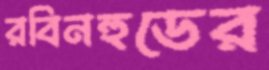
রবিনহুডের